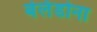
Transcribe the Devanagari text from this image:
बेलॅडोना